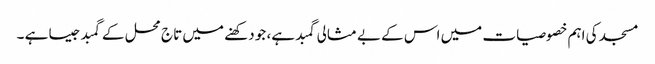
مسجد کی اہم خصوصیات میں اس کے بے مثالی گمبد ہے، جو دکھنے میں تاج محل کے گمبد جیسا ہے ۔